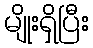
မျိုးရှိပြီး